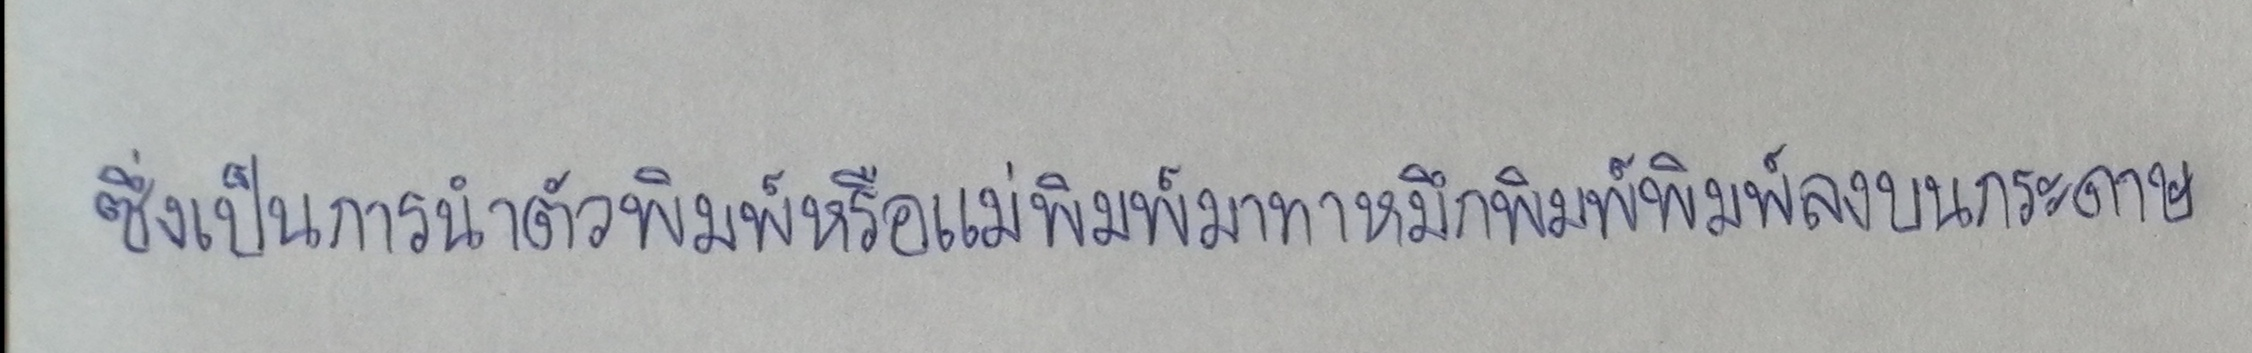
ซึ่งเป็นการนำตัวพิมพ์หรือแม่พิมพ์มาทาหมึกพิมพ์พิมพ์ลงบนกระดาษ